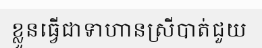
ខ្លួនធ្វើជាទាហានស្រីបាត់ជួយ